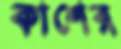
কাশের